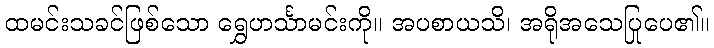
ထမင်းသခင်ဖြစ်သော ရွှေဟင်္သာမင်းကို။ အပစာယသိ၊ အရိုအသေပြုပေ၏။